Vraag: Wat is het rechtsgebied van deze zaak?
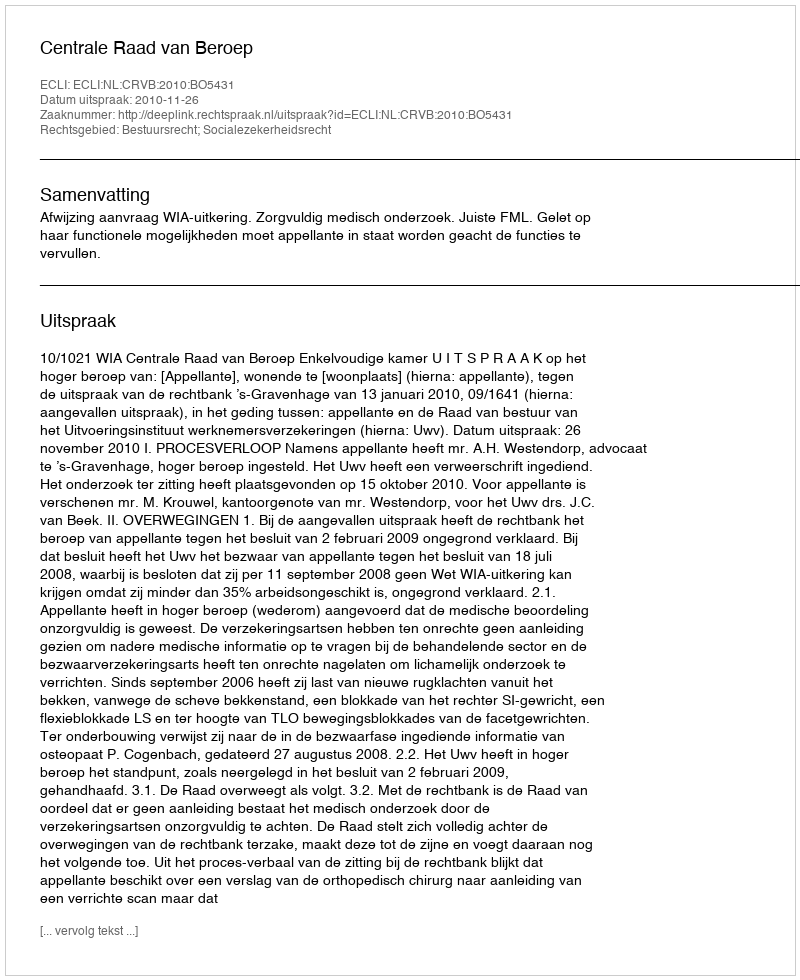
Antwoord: Bestuursrecht; Socialezekerheidsrecht